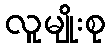
လူမျိုးစု